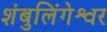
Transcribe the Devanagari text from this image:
शंबुलिंगेश्वर